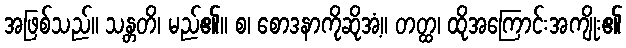
အဖြစ်သည်။ သန္တတိ၊ မည်၏။ စ၊ စောဒနာကိုဆိုအံ့။ တတ္ထ၊ ထိုအကြောင်းအကျိုး၏